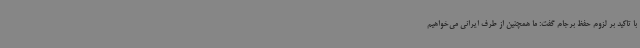
با تاکید بر لزوم حفظ برجام گفت: ما همچنین از طرف ایرانی می‌خواهیم